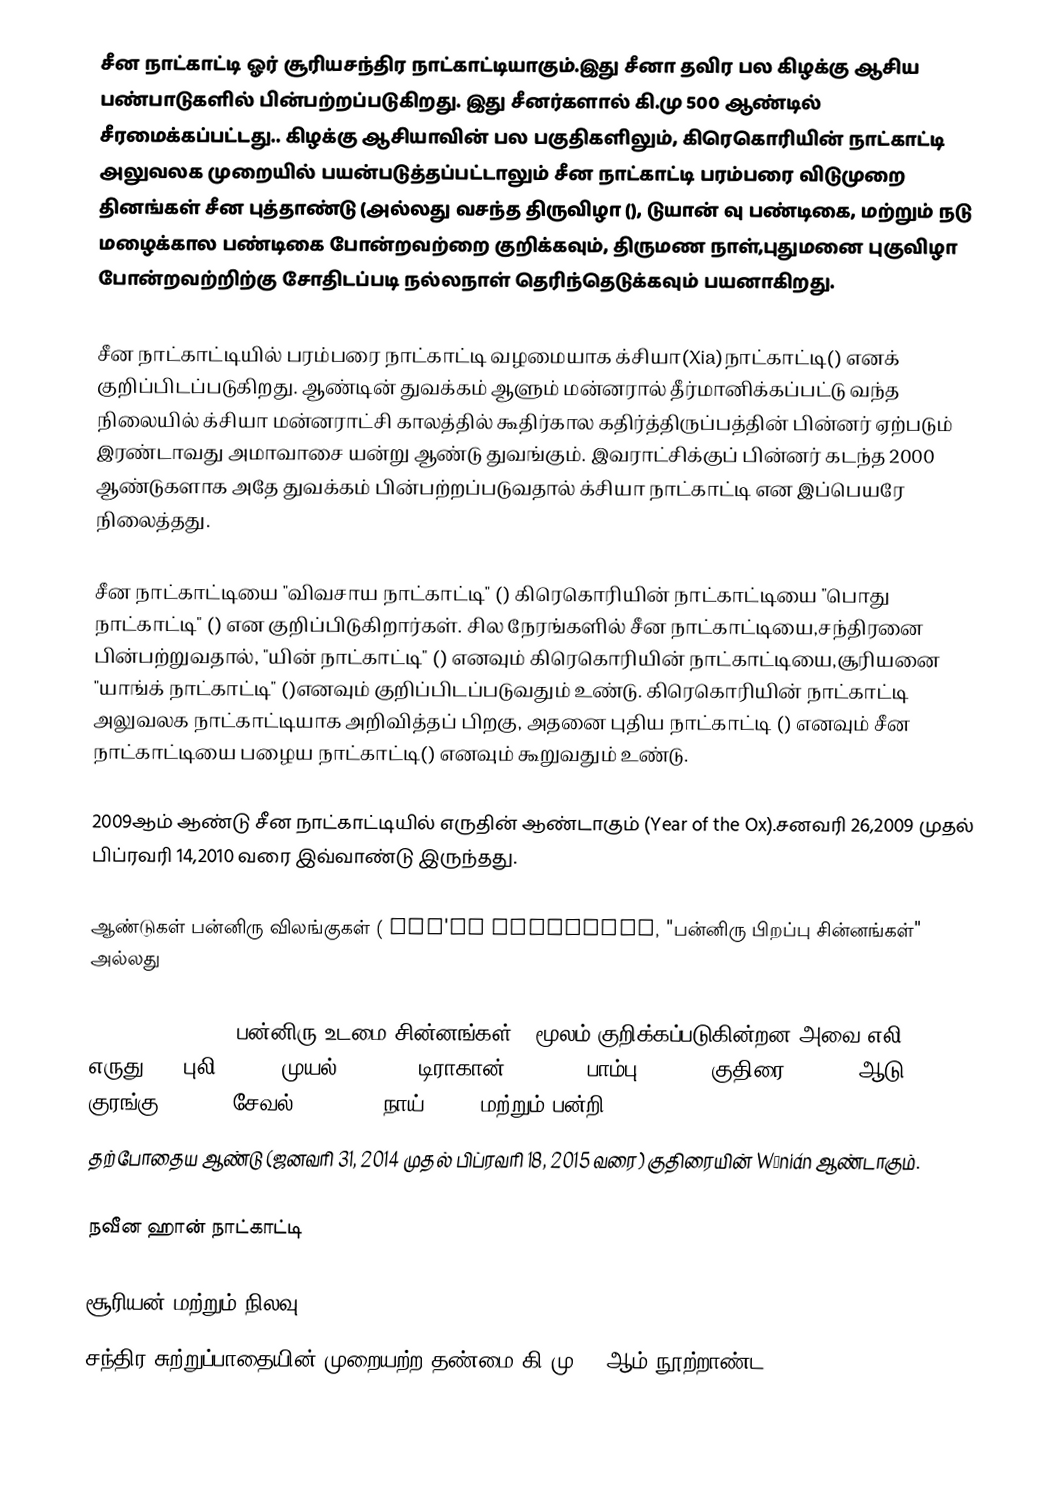
சீன நாட்காட்டி ஓர் சூரியசந்திர நாட்காட்டியாகும்.இது சீனா தவிர பல கிழக்கு ஆசிய பண்பாடுகளில் பின்பற்றப்படுகிறது. இது சீனர்களால் கி.மு 500 ஆண்டில் சீரமைக்கப்பட்டது.. கிழக்கு ஆசியாவின் பல பகுதிகளிலும், கிரெகொரியின் நாட்காட்டி அலுவலக முறையில் பயன்படுத்தப்பட்டாலும் சீன நாட்காட்டி பரம்பரை விடுமுறை தினங்கள் சீன புத்தாண்டு (அல்லது வசந்த திருவிழா (), டுயான் வு பண்டிகை, மற்றும் நடு மழைக்கால பண்டிகை போன்றவற்றை குறிக்கவும், திருமண நாள்,புதுமனை புகுவிழா போன்றவற்றிற்கு சோதிடப்படி நல்லநாள் தெரிந்தெடுக்கவும் பயனாகிறது.

சீன நாட்காட்டியில் பரம்பரை நாட்காட்டி வழமையாக க்சியா(Xia)நாட்காட்டி() எனக் குறிப்பிடப்படுகிறது. ஆண்டின் துவக்கம் ஆளும் மன்னரால் தீர்மானிக்கப்பட்டு வந்த நிலையில் க்சியா மன்னராட்சி காலத்தில் கூதிர்கால கதிர்த்திருப்பத்தின் பின்னர் ஏற்படும் இரண்டாவது அமாவாசை யன்று ஆண்டு துவங்கும். இவராட்சிக்குப் பின்னர் கடந்த 2000 ஆண்டுகளாக அதே துவக்கம் பின்பற்றப்படுவதால் க்சியா நாட்காட்டி என இப்பெயரே நிலைத்தது.

சீன நாட்காட்டியை "விவசாய நாட்காட்டி" () கிரெகொரியின் நாட்காட்டியை "பொது நாட்காட்டி" () என குறிப்பிடுகிறார்கள். சில நேரங்களில் சீன நாட்காட்டியை,சந்திரனை பின்பற்றுவதால், "யின் நாட்காட்டி" () எனவும் கிரெகொரியின் நாட்காட்டியை,சூரியனை "யாங்க் நாட்காட்டி" ()எனவும் குறிப்பிடப்படுவதும் உண்டு. கிரெகொரியின் நாட்காட்டி அலுவலக நாட்காட்டியாக அறிவித்தப் பிறகு, அதனை புதிய நாட்காட்டி () எனவும் சீன நாட்காட்டியை பழைய நாட்காட்டி() எனவும் கூறுவதும் உண்டு.

2009ஆம் ஆண்டு சீன நாட்காட்டியில் எருதின் ஆண்டாகும் (Year of the Ox).சனவரி 26,2009 முதல் பிப்ரவரி 14,2010 வரை இவ்வாண்டு இருந்தது.

ஆண்டுகள் பன்னிரு விலங்குகள் ( shí'èr shēngxiào, "பன்னிரு பிறப்பு சின்னங்கள்" அல்லது

shí'èr shǔxiàng, "பன்னிரு உடமை சின்னங்கள்") மூலம் குறிக்கப்படுகின்றன.அவை:எலி(rat), எருது(ox),புலி(tiger),முயல்(rabbit), டிராகான்(dragon), பாம்பு(snake), குதிரை(horse), ஆடு(sheep), குரங்கு(monkey),சேவல்(rooster), நாய்(dog), மற்றும் பன்றி(pig).
தற்போதைய ஆண்டு (ஜனவரி 31, 2014 முதல் பிப்ரவரி 18, 2015 வரை) குதிரையின் Wǔnián ஆண்டாகும்.

நவீன ஹான் நாட்காட்டி

சூரியன் மற்றும் நிலவு
சந்திர சுற்றுப்பாதையின் முறையற்ற தண்மை கி.மு. 1 ஆம் நூற்றாண்ட